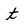
Character: t